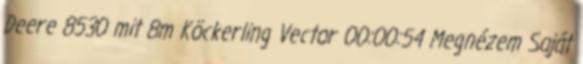
Deere 8530 mit 8m Köckerling Vector 00:00:54 Megnézem Saját